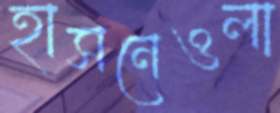
হাসনেওলা